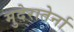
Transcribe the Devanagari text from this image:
मुदेरातेर्ना